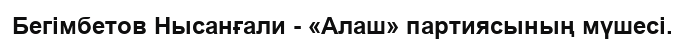
Бегімбетов Нысанғали - «Алаш» партиясының мүшесі.